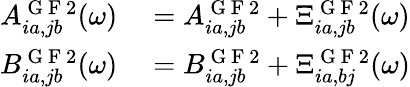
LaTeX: \begin{array}{rl}{A_{ia,jb}^{\mathrm{~G~F~}2}(\omega)}&{{}=A_{ia,jb}^{\mathrm{~G~F~}2}+\Xi_{ia,jb}^{\mathrm{~G~F~}2}(\omega)}\\ {B_{ia,jb}^{\mathrm{~G~F~}2}(\omega)}&{{}=B_{ia,jb}^{\mathrm{~G~F~}2}+\Xi_{ia,bj}^{\mathrm{~G~F~}2}(\omega)}\end{array}